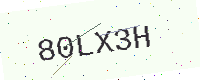
Text: 80LX3H